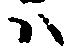
ハ